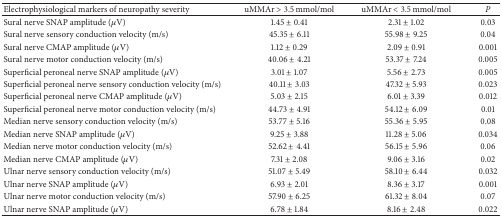
<table><thead><tr><td><b>Electrophysiological markers of neuropathy severity</b></td><td><b>uMMAr &gt; 3.5 mmol/mol</b></td><td><b>uMMAr &lt; 3.5 mmol/mol</b></td><td><b><i>P </i></b></td></tr></thead><tbody><tr><td>Sural nerve SNAP amplitude (<i>μ</i>V)</td><td>1.45 ± 0.41</td><td>2.31 ± 1.02</td><td>0.03</td></tr><tr><td>Sural nerve sensory conduction velocity (m/s)</td><td>45.35 ± 6.11</td><td>55.98 ± 9.25</td><td>0.04</td></tr><tr><td>Sural nerve CMAP amplitude (<i>μ</i>V)</td><td>1.12 ± 0.29</td><td>2.09 ± 0.91</td><td>0.001</td></tr><tr><td>Sural nerve motor conduction velocity (m/s)</td><td>40.06 ± 4.21</td><td>53.37 ± 7.24</td><td>0.005</td></tr><tr><td>Superficial peroneal nerve SNAP amplitude (<i>μ</i>V)</td><td>3.01 ± 1.07</td><td>5.56 ± 2.73</td><td>0.005</td></tr><tr><td>Superficial peroneal nerve sensory conduction velocity (m/s)</td><td>40.11 ± 3.03</td><td>47.32 ± 5.93</td><td>0.023</td></tr><tr><td>Superficial peroneal nerve CMAP amplitude (<i>μ</i>V)</td><td>5.03 ± 2.15</td><td>6.01 ± 3.39</td><td>0.012</td></tr><tr><td>Superficial peroneal nerve motor conduction velocity (m/s)</td><td>44.73 ± 4.91</td><td>54.12 ± 6.09</td><td>0.01</td></tr><tr><td>Median nerve sensory conduction velocity (m/s)</td><td>53.77 ± 5.16</td><td>55.36 ± 5.95</td><td>0.08</td></tr><tr><td>Median nerve SNAP amplitude (<i>μ</i>V)</td><td>9.25 ± 3.88</td><td>11.28 ± 5.06</td><td>0.034</td></tr><tr><td>Median nerve motor conduction velocity (m/s)</td><td>52.62 ± 4.41</td><td>56.15 ± 5.96</td><td>0.06</td></tr><tr><td>Median nerve CMAP amplitude (<i>μ</i>V)</td><td>7.31 ± 2.08</td><td>9.06 ± 3.16</td><td>0.02</td></tr><tr><td>Ulnar nerve sensory conduction velocity (m/s)</td><td>51.07 ± 5.49</td><td>58.10 ± 6.44</td><td>0.032</td></tr><tr><td>Ulnar nerve SNAP amplitude (<i>μ</i>V)</td><td>6.93 ± 2.01</td><td>8.36 ± 3.17</td><td>0.001</td></tr><tr><td>Ulnar nerve motor conduction velocity (m/s)</td><td>57.90 ± 6.25</td><td>61.32 ± 8.04</td><td>0.07</td></tr><tr><td>Ulnar nerve SNAP amplitude (<i>μ</i>V)</td><td>6.78 ± 1.84</td><td>8.16 ± 2.48</td><td>0.022</td></tr></tbody></table>